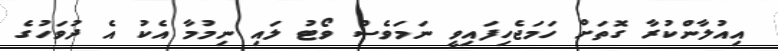
އިއުލާންކުރާ ގޮތަށް ހަމަޖެހިފައިވީ ނަމަވެސް ވޯޓު ލައި ނިމުމާ އެކު އެ ދުވަހުގެ